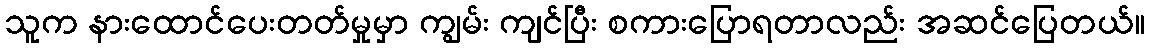
သူက နားထောင်ပေးတတ်မှုမှာ ကျွမ်း ကျင်ပြီး စကားပြောရတာလည်း အဆင်ပြေတယ်။